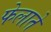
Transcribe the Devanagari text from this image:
फेलाते